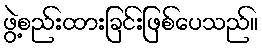
ဖွဲ့စည်းထားခြင်းဖြစ်ပေသည်။